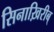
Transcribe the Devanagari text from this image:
सिनाख़िरीब्